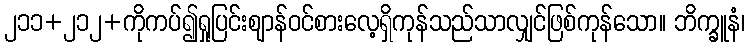
၂၁၁+၂၁၂+ကိုကပ်၍ရှုပြင်းဈာန်ဝင်စားလေ့ရှိကုန်သည်သာလျှင်ဖြစ်ကုန်သော။ ဘိက္ခူနံ၊